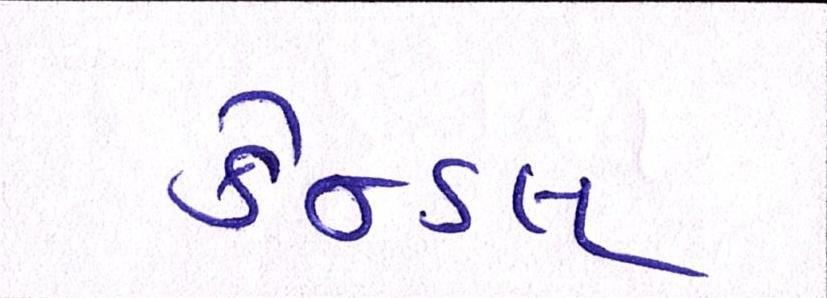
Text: કેન્ડલ